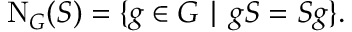
\mathrm { N } _ { G } ( S ) = \{ g \in G \mid g S = S g \} .